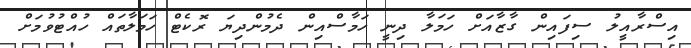
އިސްރާއީލު ސިފައިން ގާޒާއަށް ހަމަލާ ދިނީ ހަމާސްއިން ދެމުންދިޔަ ރޮކެޓް ހަމަލާތައް ހުއްޓުވުމަށް